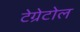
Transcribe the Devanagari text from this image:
टेग्रेटोल